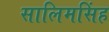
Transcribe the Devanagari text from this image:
सालिमसिंह